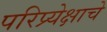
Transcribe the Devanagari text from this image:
परिप्र्येक्षाचे